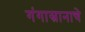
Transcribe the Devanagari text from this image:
गंगास्नानाचे